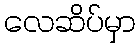
လေဆိပ်မှာ